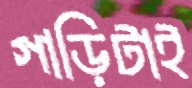
গাড়িটাই